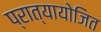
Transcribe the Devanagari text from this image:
प्रात्यायोजित